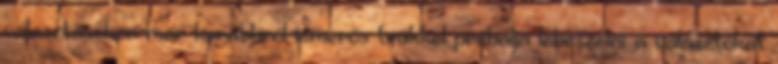
választásokon már korábbról ismerős trükkel próbálja lebeszélni a választókat